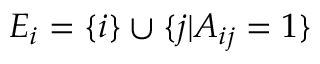
E _ { i } = \{ i \} \cup \{ j | A _ { i j } = 1 \}